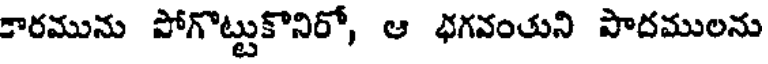
కారమును పోగొట్టుకొనిరో, ఆ భగవంతుని పాదములను